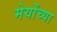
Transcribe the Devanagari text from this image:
मेयोंच्या